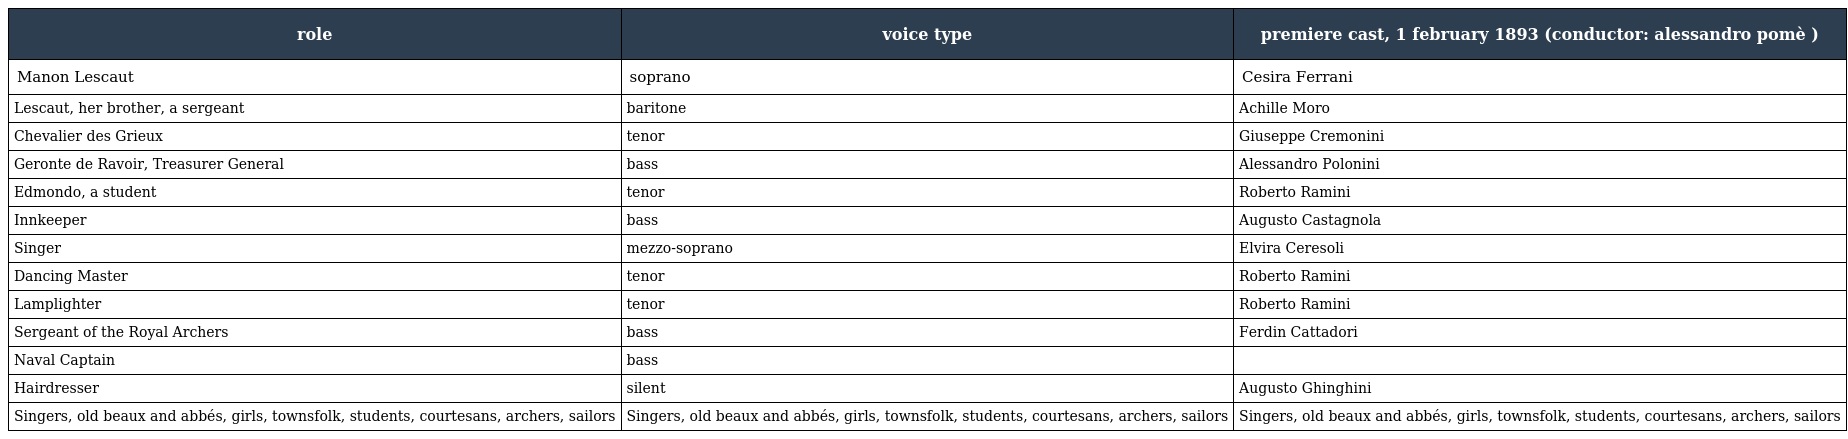
| role | voice type | premiere cast, 1 february 1893 (conductor: alessandro pomè ) |
 | --- | --- | --- |
 | Manon Lescaut | soprano | Cesira Ferrani |
 | Lescaut, her brother, a sergeant | baritone | Achille Moro |
 | Chevalier des Grieux | tenor | Giuseppe Cremonini |
 | Geronte de Ravoir, Treasurer General | bass | Alessandro Polonini |
 | Edmondo, a student | tenor | Roberto Ramini |
 | Innkeeper | bass | Augusto Castagnola |
 | Singer | mezzo-soprano | Elvira Ceresoli |
 | Dancing Master | tenor | Roberto Ramini |
 | Lamplighter | tenor | Roberto Ramini |
 | Sergeant of the Royal Archers | bass | Ferdin Cattadori |
 | Naval Captain | bass |  |
 | Hairdresser | silent | Augusto Ghinghini |
 | Singers, old beaux and abbés, girls, townsfolk, students, courtesans, archers, sailors | Singers, old beaux and abbés, girls, townsfolk, students, courtesans, archers, sailors | Singers, old beaux and abbés, girls, townsfolk, students, courtesans, archers, sailors |